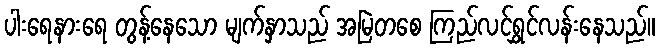
ပါးရေနားရေ တွန့်နေသော မျက်နှာသည် အမြဲတစေ ကြည်လင်ရွှင်လန်းနေသည်။